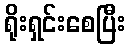
ရိုးရှင်းစေပြီး